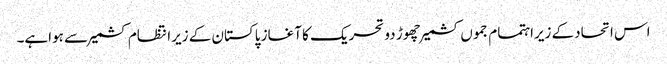
اس اتحادکے زیراہتمام جموں کشمیرچھوڑ دو تحریک کا آغاز پاکستان کے زیرانتظام کشمیر سے ہواہے۔